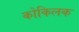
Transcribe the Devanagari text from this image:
कोकिलक